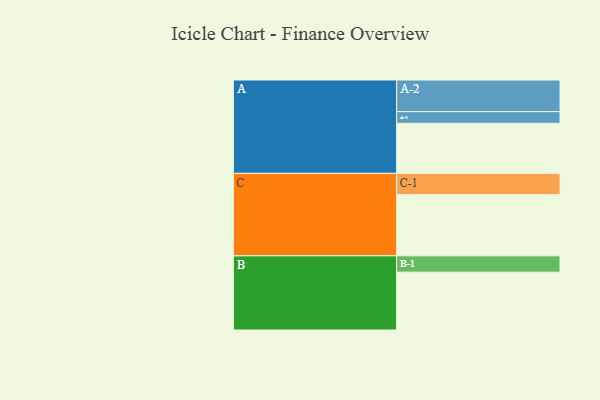
{"axis": {"x": "Segment", "y": "Value"}, "legend": ["", "A", "B", "C"], "data": [{"x": "A", "y": 386, "type": ""}, {"x": "B", "y": 446, "type": ""}, {"x": "C", "y": 472, "type": ""}, {"x": "A-1", "y": 90, "type": "A"}, {"x": "A-2", "y": 244, "type": "A"}, {"x": "B-1", "y": 126, "type": "B"}, {"x": "C-1", "y": 164, "type": "C"}]}